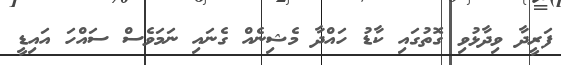
ފަރީދާ ވިދާޅުވި ގޮތުގައި ކާޑު ހައްދާ މެޝިނެއް ގެނައި ނަމަވެސް ސައްހަ އައިޑީ